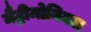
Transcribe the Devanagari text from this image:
मैट्रीमोनियल